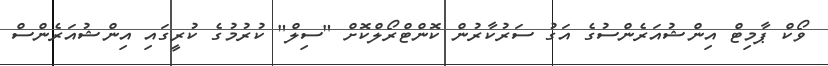
ވޯކް ޕާމިޓް އިންޝުއަރެންސުގެ އަގު ސަރުކާރުން ކޮންޓްރޯލްކޮށް "ސިލް" ކުރުމުގެ ކުރީގައި އިންޝުއަރެންސް